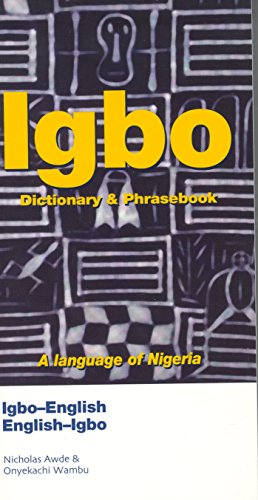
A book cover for Igbo-English English-Igbo Dictionary and Phrasebook (Hippocrene Dictionary & Phrasebook); Nicholas Awde; Reference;